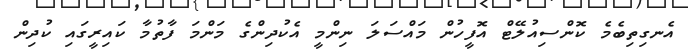
އެނގިތިބެމެ ކޮންސިއުލޭޓް އޮފީހުން މައްސަލަ ނިންމީ އެކުދިންގެ މަންމަ ފާތުމާ ކައިރީގައި ކުދިން